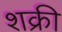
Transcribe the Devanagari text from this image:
शक्री